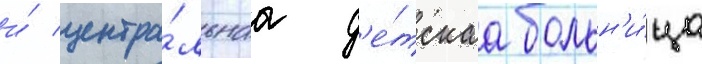
и́ центра́льнаа д'е́тскаа больн'и́ца